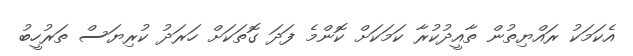
އެކަމަކު ރައްޔިތުން ތާއީދުކުރާ ކަމަކަށް ކޮންމެ ފަދަ ގޮތަކަށް ހަރަދު ކުރިޔަސް ތަރުހީބު